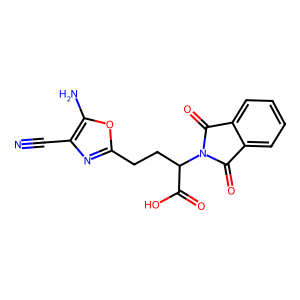
SMILES: N#Cc1nc(CCC(C(=O)O)N2C(=O)c3ccccc3C2=O)oc1N
Inhibits HIV replication: No